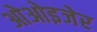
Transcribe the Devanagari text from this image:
ओओइजेर